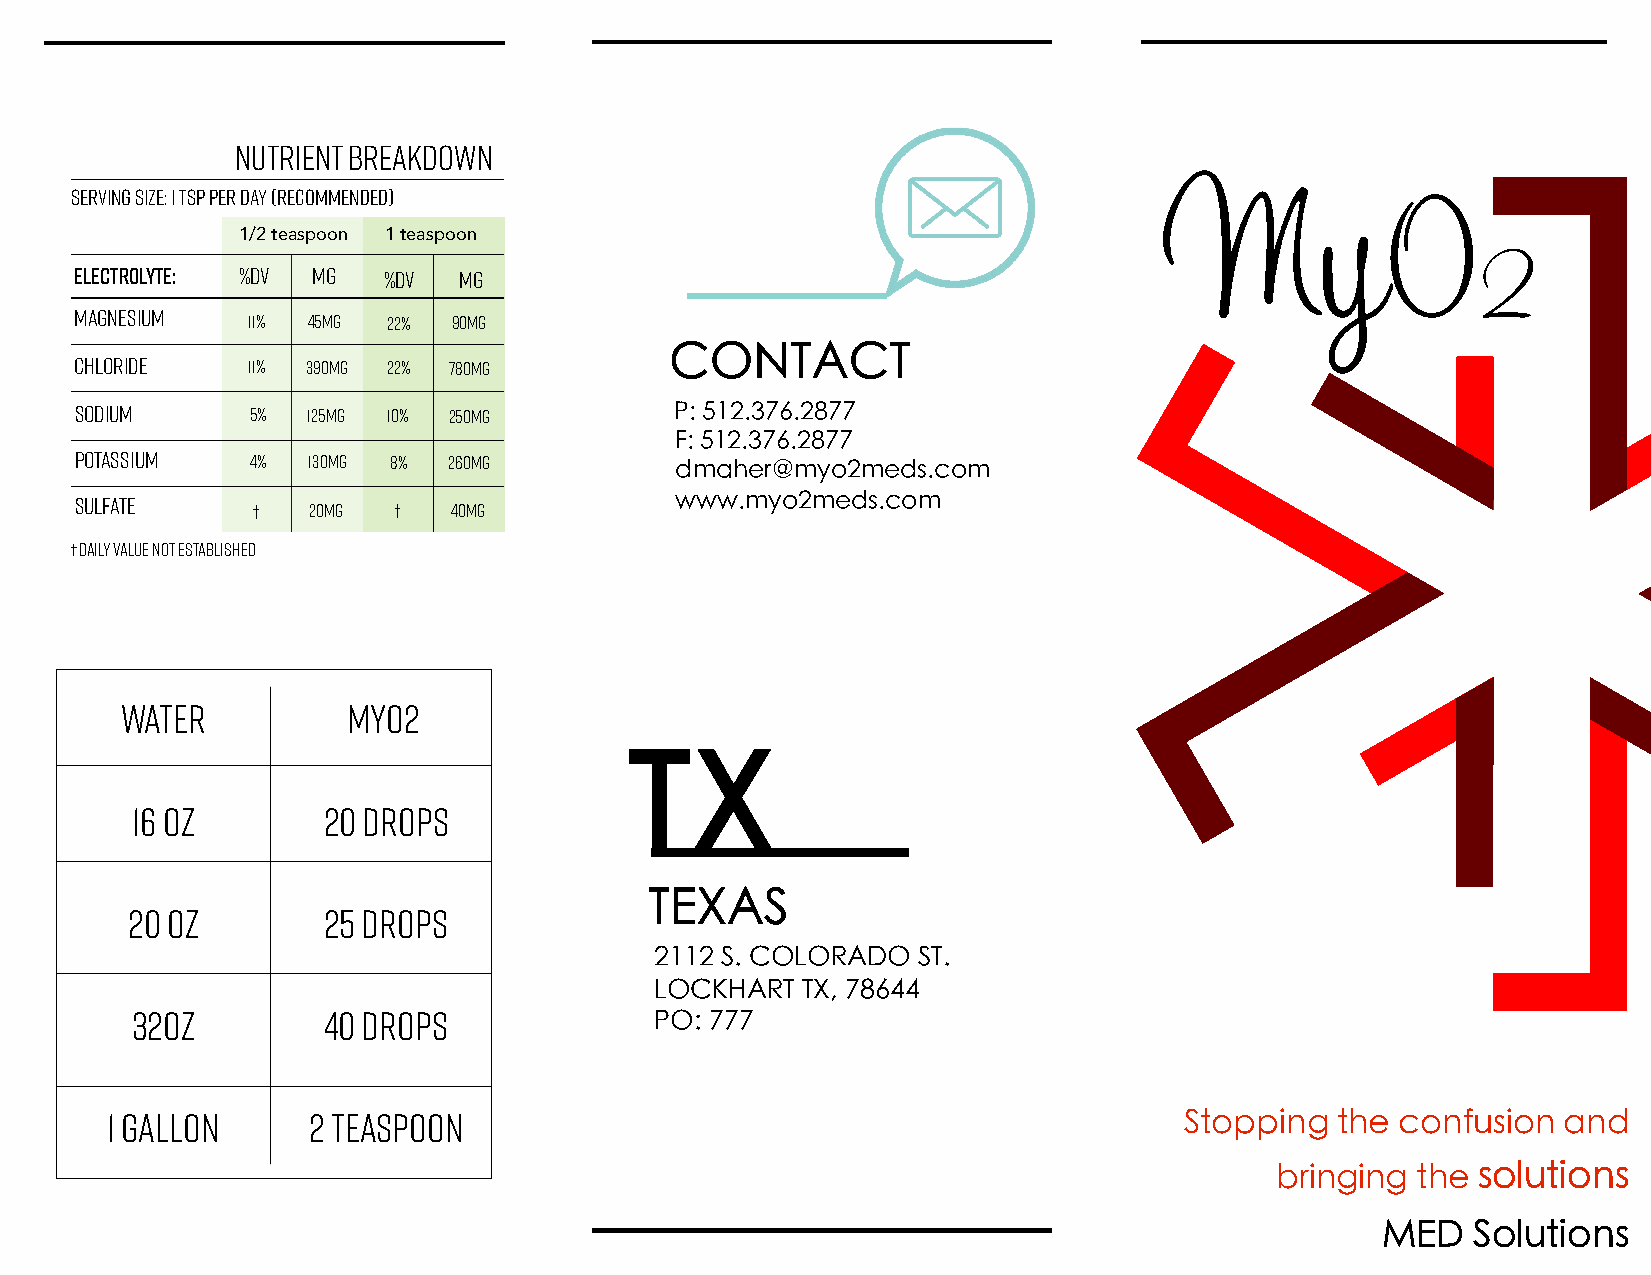
Nutrient Breakdown
 Serving Size: 1 tsp per day (recommended)                               My
 O
 1/2 teaspoon 1 teaspoon
 2
 ELECTROLYTE: %DV mg %DV  mg
 Magnesium  11% 45mg  22% 90mg
 CONTACT
 Chloride   11% 390mg 22% 780mg
 Sodium      5% 125mg 10% 250mg          P: 512.376.2877
 F: 512.376.2877
 Potassium   4% 130mg 8%  260mg          dmaher@myo2meds.com
 www.myo2meds.com
 Sulfate     †  20mg  †   40mg
 † Daily Value not established
 Water          MyO2
 TX
 16 oz       20 drops
 TEXAS
 20 oz        25 drops
 2112 S. COLORADO  ST.
 LOCKHART  TX, 78644
 32oz        40 drops              PO: 777
 Stopping  the  confusion and
 1 Gallon     2 teaspoon
 bringing  the solutions
 MED    Solutions